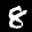
Label: 8